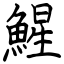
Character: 鯹